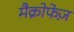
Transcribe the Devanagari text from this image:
मैक्रोफेज़